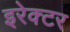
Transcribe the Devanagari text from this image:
इरेक्टर